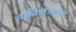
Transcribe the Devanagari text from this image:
न्यूक्लिआइउ